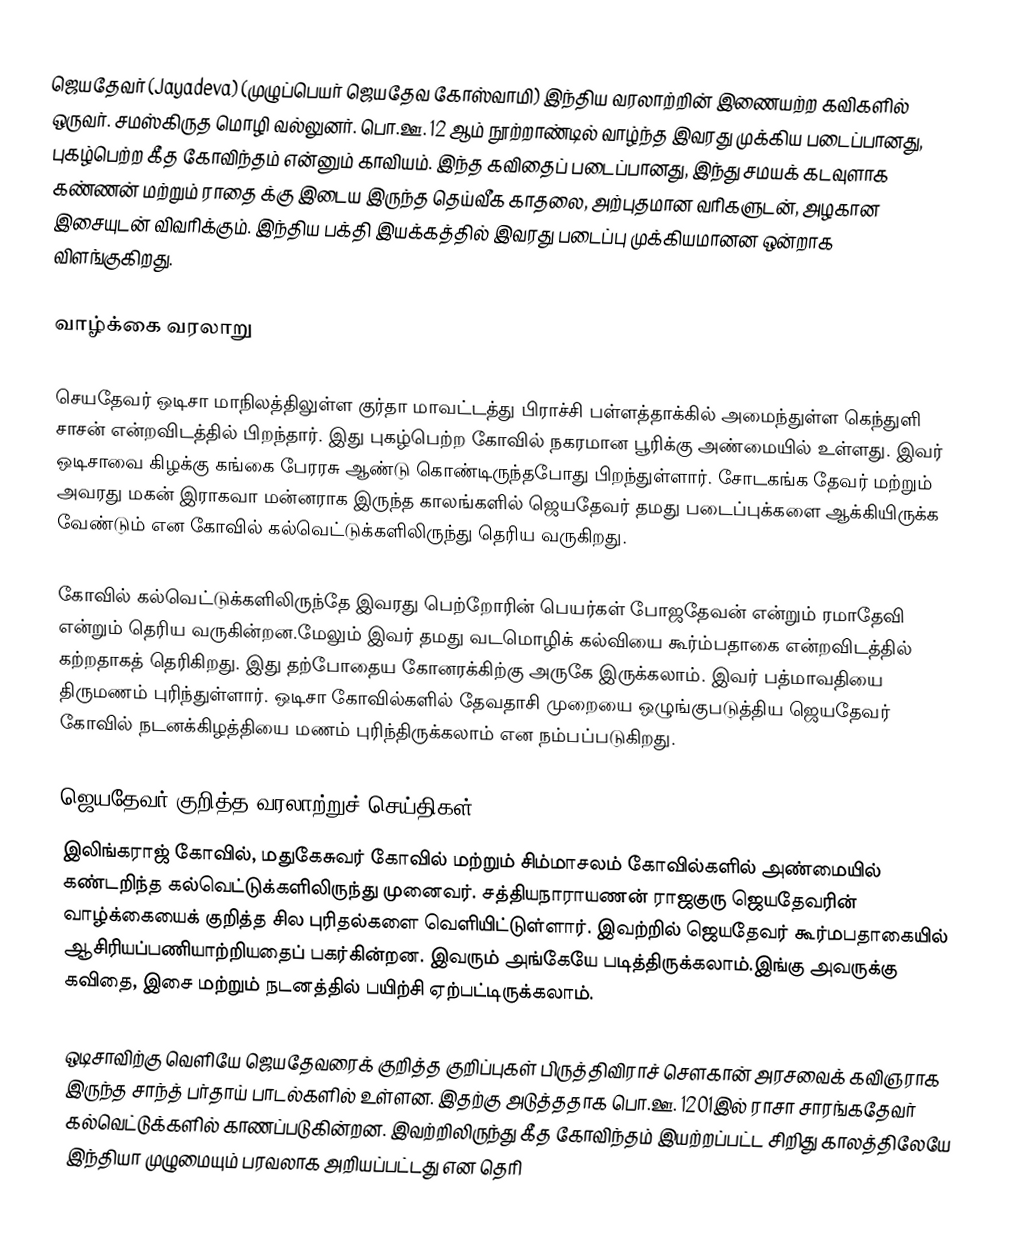
ஜெயதேவர் (Jayadeva) (முழுப்பெயர் ஜெயதேவ கோஸ்வாமி) இந்திய வரலாற்றின் இணையற்ற கவிகளில் ஒருவர். சமஸ்கிருத மொழி வல்லுனர். பொ.ஊ. 12 ஆம் நூற்றாண்டில் வாழ்ந்த இவரது முக்கிய படைப்பானது, புகழ்பெற்ற கீத கோவிந்தம் என்னும் காவியம். இந்த கவிதைப் படைப்பானது, இந்து சமயக் கடவுளாக கண்ணன் மற்றும் ராதை க்கு இடைய இருந்த தெய்வீக காதலை, அற்புதமான வரிகளுடன், அழகான இசையுடன் விவரிக்கும். இந்திய பக்தி இயக்கத்தில் இவரது படைப்பு முக்கியமானன ஒன்றாக விளங்குகிறது.

வாழ்க்கை வரலாறு

செயதேவர் ஒடிசா மாநிலத்திலுள்ள குர்தா மாவட்டத்து பிராச்சி பள்ளத்தாக்கில் அமைந்துள்ள கெந்துளி சாசன் என்றவிடத்தில் பிறந்தார். இது புகழ்பெற்ற கோவில் நகரமான பூரிக்கு அண்மையில் உள்ளது.  இவர் ஒடிசாவை கிழக்கு கங்கை பேரரசு ஆண்டு கொண்டிருந்தபோது பிறந்துள்ளார். சோடகங்க தேவர் மற்றும் அவரது மகன் இராகவா மன்னராக இருந்த காலங்களில்  ஜெயதேவர் தமது படைப்புக்களை ஆக்கியிருக்க வேண்டும் என கோவில் கல்வெட்டுக்களிலிருந்து தெரிய வருகிறது.

கோவில் கல்வெட்டுக்களிலிருந்தே இவரது பெற்றோரின் பெயர்கள் போஜதேவன் என்றும் ரமாதேவி என்றும் தெரிய வருகின்றன.மேலும் இவர் தமது வடமொழிக் கல்வியை கூர்ம்பதாகை என்றவிடத்தில் கற்றதாகத் தெரிகிறது. இது தற்போதைய கோனரக்கிற்கு அருகே இருக்கலாம். இவர் பத்மாவதியை திருமணம் புரிந்துள்ளார். ஒடிசா கோவில்களில் தேவதாசி முறையை ஒழுங்குபடுத்திய ஜெயதேவர் கோவில் நடனக்கிழத்தியை மணம் புரிந்திருக்கலாம் என நம்பப்படுகிறது.

ஜெயதேவர் குறித்த வரலாற்றுச் செய்திகள்
இலிங்கராஜ் கோவில், மதுகேசுவர் கோவில் மற்றும் சிம்மாசலம் கோவில்களில் அண்மையில் கண்டறிந்த கல்வெட்டுக்களிலிருந்து முனைவர். சத்தியநாராயணன் ராஜகுரு ஜெயதேவரின் வாழ்க்கையைக் குறித்த சில புரிதல்களை வெளியிட்டுள்ளார். இவற்றில் ஜெயதேவர் கூர்மபதாகையில் ஆசிரியப்பணியாற்றியதைப் பகர்கின்றன. இவரும் அங்கேயே படித்திருக்கலாம்.இங்கு அவருக்கு கவிதை, இசை மற்றும் நடனத்தில் பயிற்சி ஏற்பட்டிருக்கலாம்.

ஒடிசாவிற்கு வெளியே ஜெயதேவரைக் குறித்த குறிப்புகள் பிருத்திவிராச் சௌகான் அரசவைக் கவிஞராக இருந்த சாந்த் பர்தாய் பாடல்களில் உள்ளன. இதற்கு அடுத்ததாக பொ.ஊ. 1201இல் ராசா சாரங்கதேவர் கல்வெட்டுக்களில் காணப்படுகின்றன. இவற்றிலிருந்து கீத கோவிந்தம் இயற்றப்பட்ட சிறிது காலத்திலேயே இந்தியா முழுமையும் பரவலாக அறியப்பட்டது என தெரி